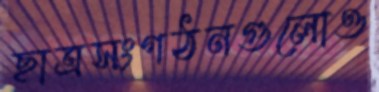
ছাত্রসংগঠনগুলোও